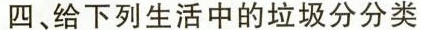
四、给下列生活中的垃圾分分类